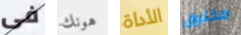
فى هونك الأداة مخلوق